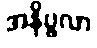
အနိပ္ဖလာ